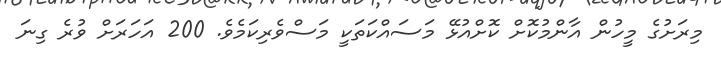
މިރަށުގެ މީހުން އާންމުކޮށް ކޮށްއުޅޭ މަސައްކަތަކީ މަސްވެރިކަމެވެ. 200 އަހަރަށް ވުރެ ގިނަ